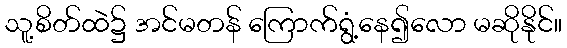
သူ့စိတ်ထဲ၌ အင်မတန် ကြောက်ရွံ့နေ၍လော မဆိုနိုင်။